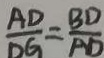
\frac { A D } { D G } = \frac { B D } { A D }